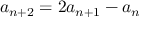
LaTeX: a _ { n + 2 } = 2 a _ { n + 1 } - a _ { n }